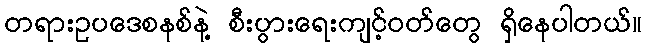
တရားဥပဒေစနစ်နဲ့ စီးပွားရေးကျင့်ဝတ်တွေ ရှိနေပါတယ်။